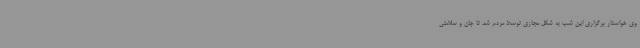
وی خواستار برگزاری این شب به شکل مجازی توسط مردم شد تا جان و سلامتی